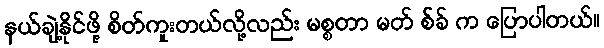
နယ်ချဲ့နိုင်ဖို့ စိတ်ကူးတယ်လို့လည်း မစ္စတာ မတ် စ်ခ် က ပြောပါတယ်။